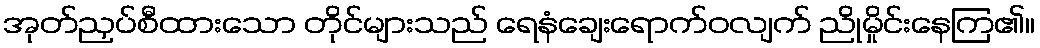
အုတ်ညှပ်စီထားသော တိုင်များသည် ရေနံချေးရောက်ဝလျက် ညိုမှိုင်းနေကြ၏။